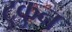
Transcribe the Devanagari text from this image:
टुकुन